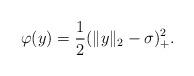
LaTeX: \begin{align*} \varphi(y)=\frac{1}{2}(\|y\|_2-\sigma)_+^2. \end{align*}